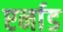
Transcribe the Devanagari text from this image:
एर्नाड